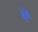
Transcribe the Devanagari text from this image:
र्में